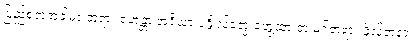
ပြည့်စုံတဲ့အခါမှာ ဘုရား ရဟန္တာ အရိယာ ပုဂ္ဂိုလ်တွေ တွေ့ထားတဲ့ မဂ်တရား ဖိုလ်တရား